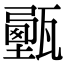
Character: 𤮔